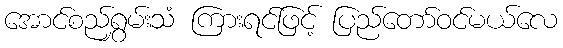
အောင်စည်ရွှမ်းသံ ကြားရင်ဖြင့် ပြည်တော်ဝင်မယ်လေ